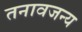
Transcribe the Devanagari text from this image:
तनावजन्य